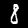
Digit: 8